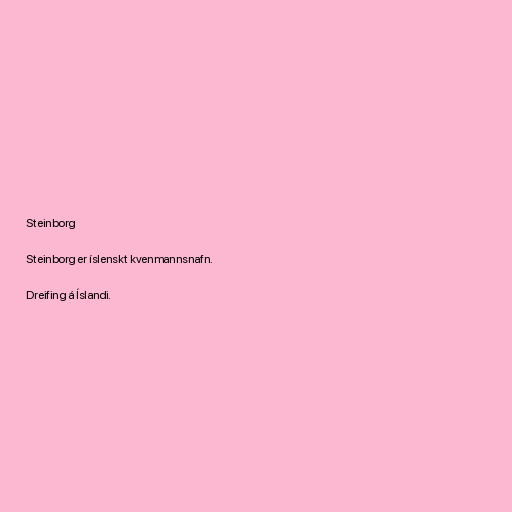
Steinborg

Steinborg er íslenskt kvenmannsnafn.

Dreifing á Íslandi.